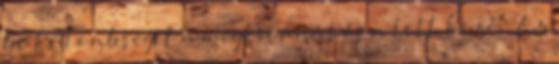
be különbséget a megkívánás és a tett közé. „Az